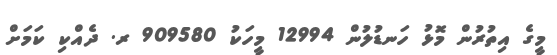
މީގެ އިތުރުން މޮޅު ހަނޑުލުން 12994 މީހަކު 909580 ރ. ދެއްކި ކަމަށް